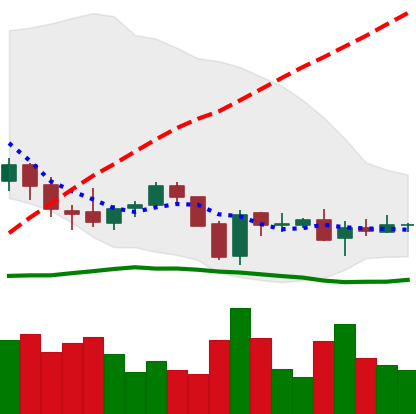
Ticker: EOS-USD
Chart end date: 2018-06-01
Forward return: 13.259%
Label: up_7plus